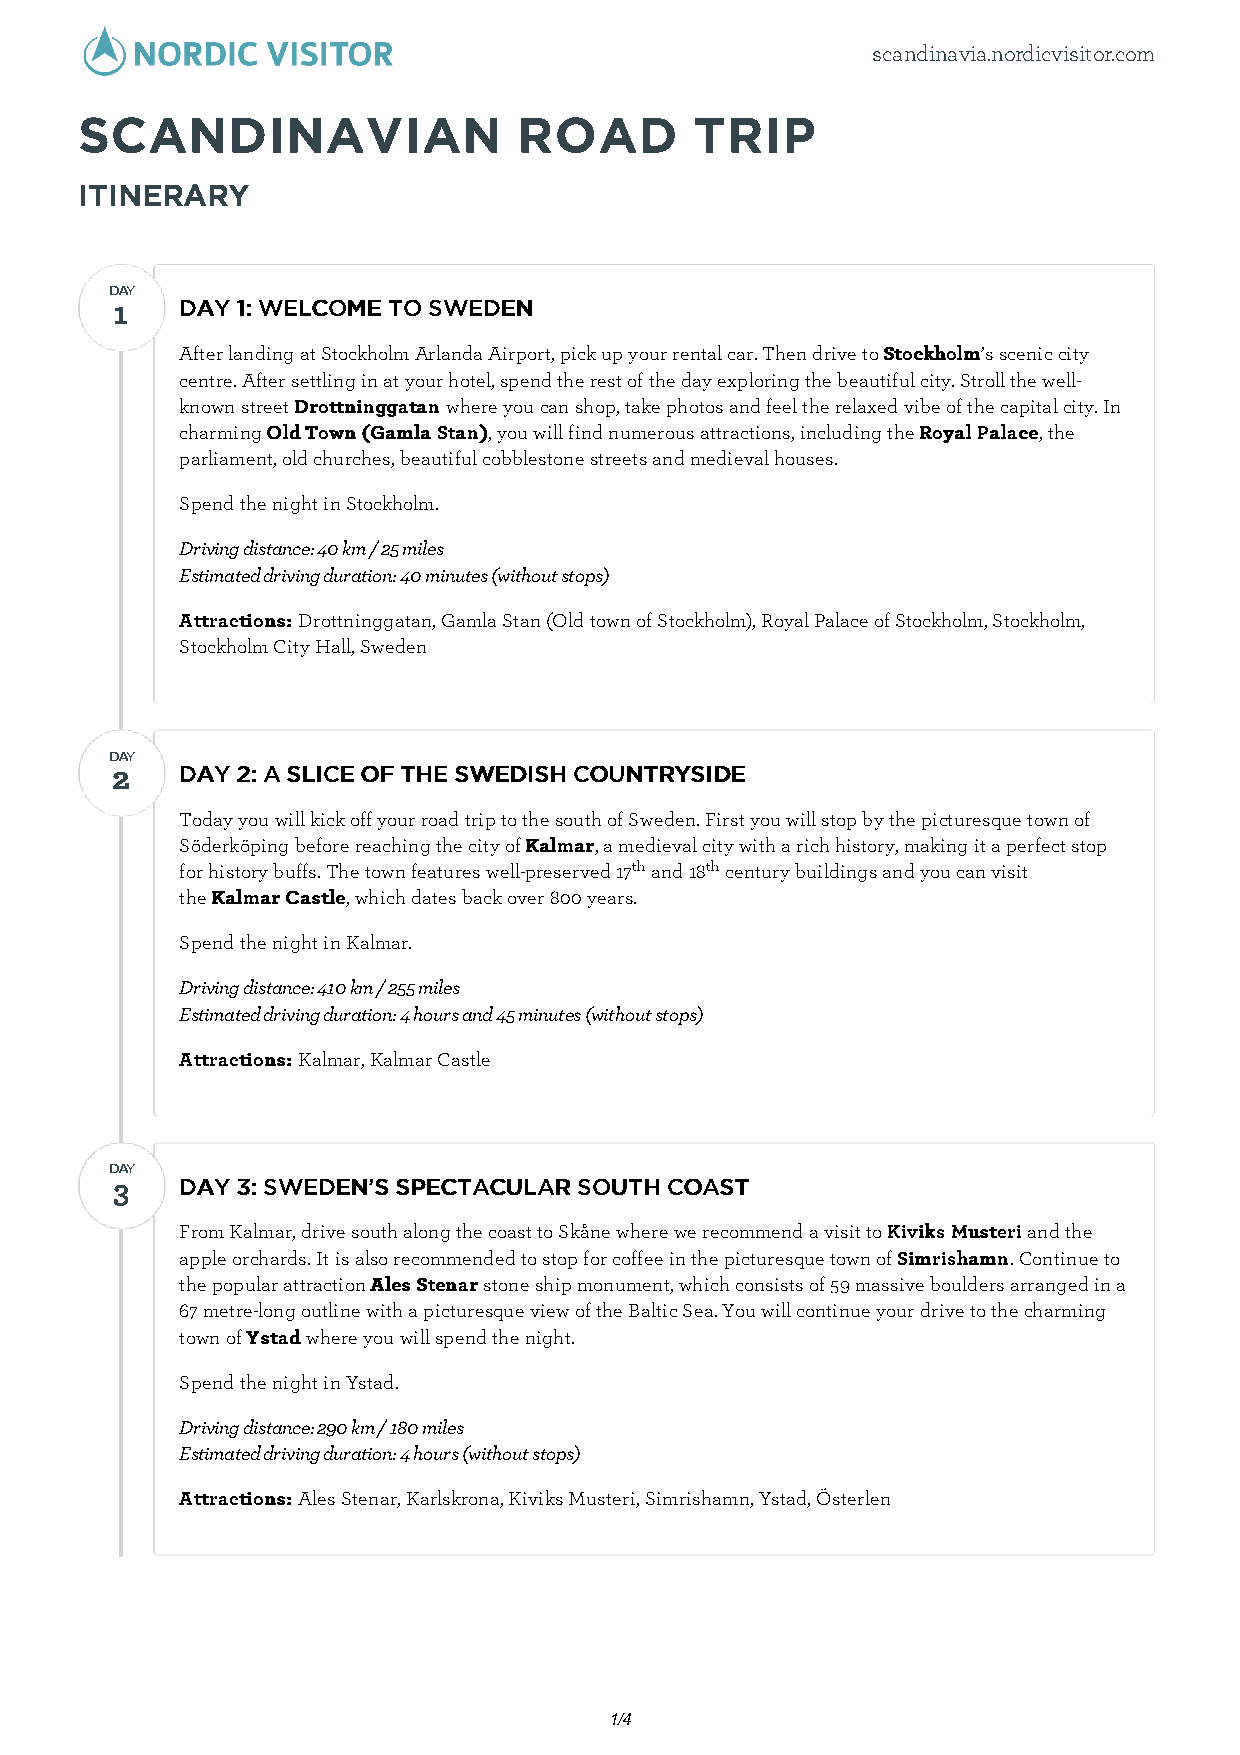
scandinavia.nordicvisitor.com
 SCANDINAVIAN                 ROAD        TRIP
 ITINERARY
 DDAAYY
 11   DDAAYY 11:: WWEELLCCOOMMEE TTOO SSWWEEDDEENN
 After landing at Stockholm Arlanda Airport, pick up your rental car. Then drive to SSttoocckkhhoollmm’s scenic city
 centre. After settling in at your hotel, spend the rest of the day exploring the beautiful city. Stroll the well-
 known street DDrroottttnniinnggggaattaann where you can shop, take photos and feel the relaxed vibe of the capital city. In
 charming OOlldd TToowwnn ((GGaammllaa SSttaann)), you will find numerous attractions, including the RRooyyaall PPaallaaccee, the
 parliament, old churches, beautiful cobblestone streets and medieval houses.
 Spend the night in Stockholm.
 Driving distance: 40 km / 25 miles
 Estimated driving duration: 40 minutes (without stops)
 AAttttrraaccttiioonnss:: Drottninggatan, Gamla Stan (Old town of Stockholm), Royal Palace of Stockholm, Stockholm,
 Stockholm City Hall, Sweden
 DDAAYY
 22   DDAAYY 22:: AA SSLLIICCEE OOFF TTHHEE SSWWEEDDIISSHH CCOOUUNNTTRRYYSSIIDDEE
 Today you will kick off your road trip to the south of Sweden. First you will stop by the picturesque town of
 Söderköping before reaching the city of KKaallmmaarr, a medieval city with a rich history, making it a perfect stop
 for history buffs. The town features well-preserved 17th and 18th century buildings and you can visit
 the KKaallmmaarr CCaassttllee, which dates back over 800 years.
 Spend the night in Kalmar.
 Driving distance: 410 km / 255 miles
 Estimated driving duration: 4 hours and 45 minutes (without stops)
 AAttttrraaccttiioonnss:: Kalmar, Kalmar Castle
 DDAAYY
 33   DDAAYY 33:: SSWWEEDDEENN’’SS SSPPEECCTTAACCUULLAARR SSOOUUTTHH CCOOAASSTT
 From Kalmar, drive south along the coast to Skåne where we recommend a visit to KKiivviikkss MMuusstteerrii and the
 apple orchards. It is also recommended to stop for coffee in the picturesque town of SSiimmrriisshhaammnn. Continue to
 the popular attraction AAlleess SStteennaarr stone ship monument, which consists of 59 massive boulders arranged in a
 67 metre-long outline with a picturesque view of the Baltic Sea. You will continue your drive to the charming
 town of YYssttaadd where you will spend the night.
 Spend the night in Ystad.
 Driving distance: 290 km / 180 miles
 Estimated driving duration: 4 hours (without stops)
 AAttttrraaccttiioonnss:: Ales Stenar, Karlskrona, Kiviks Musteri, Simrishamn, Ystad, Österlen
 1/4